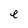
Character: e